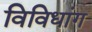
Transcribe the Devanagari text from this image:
विविधांग